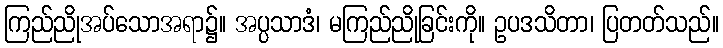
ကြည်ညိုအပ်သောအရာ၌။ အပ္ပသာဒံ၊ မကြည်ညိုခြင်းကို။ ဥပဒသိတာ၊ ပြတတ်သည်။